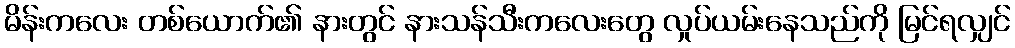
မိန်းကလေး တစ်ယောက်၏ နားတွင် နားသန်သီးကလေးတွေ လှုပ်ယမ်းနေသည်ကို မြင်ရလျှင်